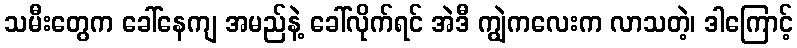
သမီးတွေက ခေါ်နေကျ အမည်နဲ့ ခေါ်လိုက်ရင် အဲဒီ ကျွဲကလေးက လာသတဲ့၊ ဒါကြောင့်